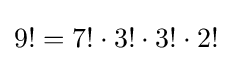
9!=7!\cdot 3!\cdot 3!\cdot 2!